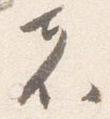
者